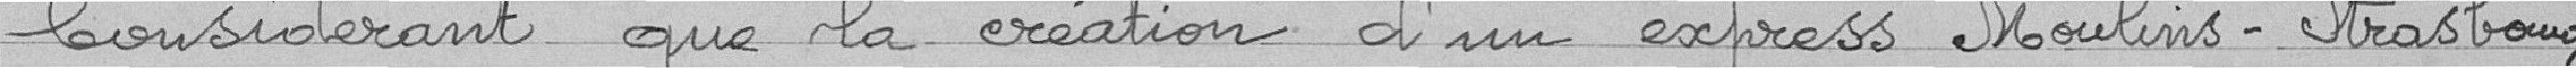
Considérant que la création d'un express Moulins-Strasbourg